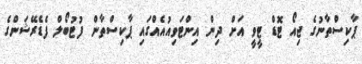
ޕާކިސްތާނުގެ ޖިއޯ ޓޮޑް ޓީވީ އަށް ދިން އިންޓަވިއުއެއްގައި ޕާކިސްތާން ފުޓުބޯލް ފެޑެރޭޝަންގެ